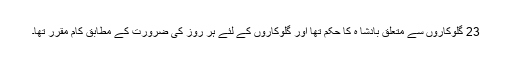
23 گلوکاروں سے متعلق بادشا ہ کا حکم تھا اور گلوکاروں کے لئے ہر روز کی ضرورت کے مطابق کام مقّرر تھا۔